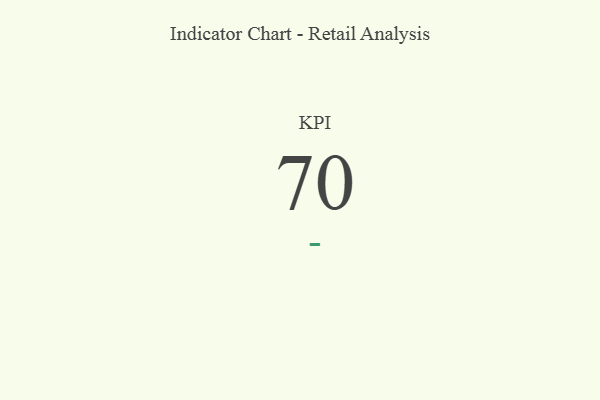
{"axis": {"x": "KPI", "y": "Value"}, "legend": [""], "data": [{"x": "KPI", "y": 70, "type": ""}]}